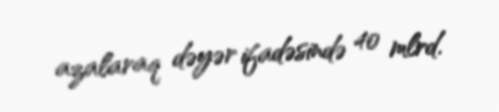
azalaraq dəyər ifadəsində 40 mlrd.